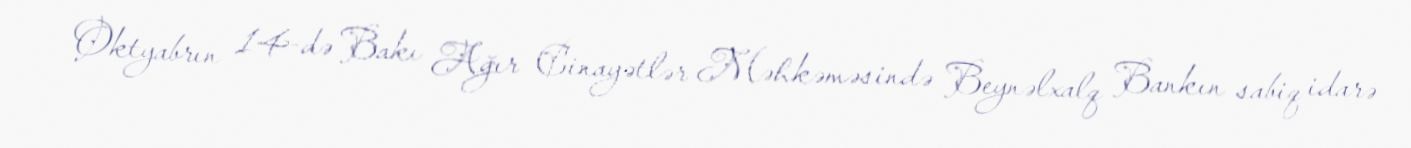
Oktyabrın 14-də Bakı Ağır Cinayətlər Məhkəməsində Beynəlxalq Bankın sabiq idarə